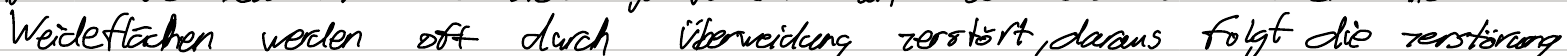
Weideflächen werden oft durch Überweidung zerstört, daraus folgt die Zerstörung